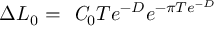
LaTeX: \Delta { \cal L } _ { 0 } = \mathrm { \it ~ C } _ { 0 } T e ^ { - D } e ^ { - \pi T e ^ { - D } }